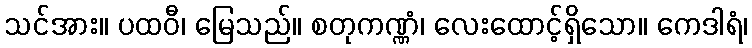
သင်အား။ ပထဝီ၊ မြေသည်။ စတုကဏ္ဏံ၊ လေးထောင့်ရှိသော။ ကေဒါရံ၊